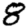
Digit: 8